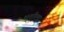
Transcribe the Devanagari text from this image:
शुशीला